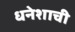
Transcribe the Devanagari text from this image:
धनेशाची